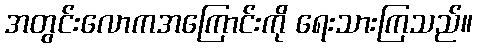
အတွင်းလောကအကြောင်းကို ရေးသားကြသည်။